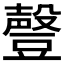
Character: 𰶟